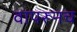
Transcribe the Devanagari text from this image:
वापरूनच